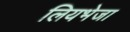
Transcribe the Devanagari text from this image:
लियभेजा